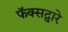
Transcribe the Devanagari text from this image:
फॅक्सद्वारे